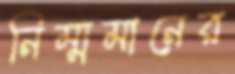
নিম্মমানের